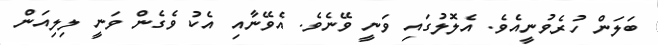
ބަލަން ހުރެވުނީއެވެ. އެލޮލުގައި ވަނީ ވޭނެވެ. އެވޭނާއި އެކު ވެގެން ވަނީ ލިލިއަން